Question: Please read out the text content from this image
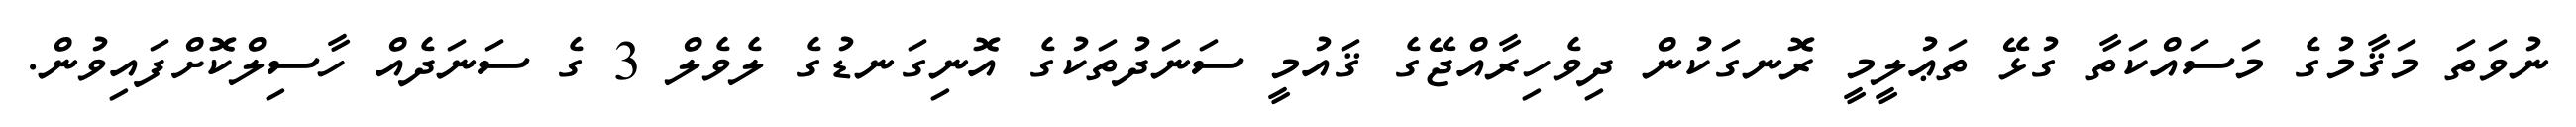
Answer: ނުވަތަ މަޤާމުގެ މަސައްކަތާ ގުޅޭ ތަޢުލީމީ ރޮނގަކުން ދިވެހިރާއްޖޭގެ ޤައުމީ ސަނަދުތަކުގެ އޮނިގަނޑުގެ ލެވެލް 3 ގެ ސަނަދެއް ހާސިލްކޮށްފައިވުން.